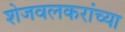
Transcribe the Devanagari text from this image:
शेजवलकरांच्या